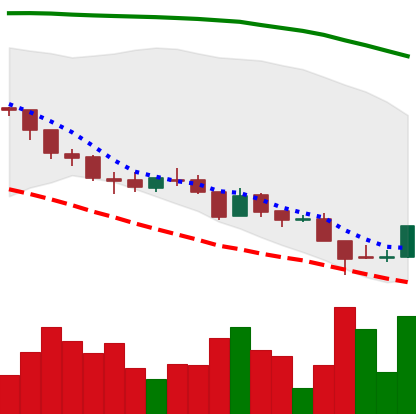
Ticker: ADA-USD
Chart end date: 2018-08-17
Forward return: -17.962%
Label: down_7plus